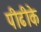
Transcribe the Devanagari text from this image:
पीढीके